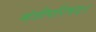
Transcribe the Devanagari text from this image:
मंत्रीपरिषद।